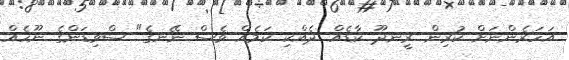
އަހަރެންނަށް ކުރިން ރީނދޫ ކާޑެއް ދެއްކި ކަމެއް ވެސް ނޭނގެ" ސްވިޑަންގެ ނޫހެއް